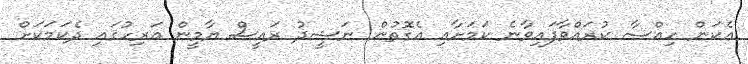
އެކަން ހިއްސާ ކުރައްވާފައިވާނެ ކަމަށާއި އެގޮތުން ނަޝީދު ރައީސް ޔާމީން އަރިހުގައި ދެކަމަކަށް